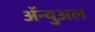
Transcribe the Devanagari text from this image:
ॲन्युअल